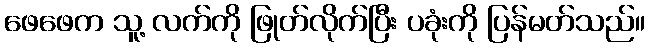
ဖေဖေက သူ့ လက်ကို ဖြုတ်လိုက်ပြီး ပခုံးကို ပြန်မတ်သည်။